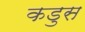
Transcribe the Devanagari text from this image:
कडुस